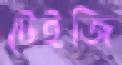
টেইজি